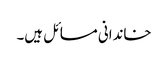
خاندانی مسائل ہیں۔